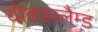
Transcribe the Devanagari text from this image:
चोक्सलैम्ड